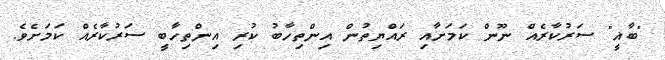
"ބާޣީ" ސަރުކާރެއް ނޫން ކަމަށާއި ރައްޔިތުން އިންތިހާބު ކުރި އިންތިހާބީ ސަރުކާރެއް ކަމަށެވެ.